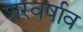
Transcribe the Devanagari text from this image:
शरवर्षाव